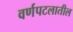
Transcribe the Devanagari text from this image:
वर्णपटलातील